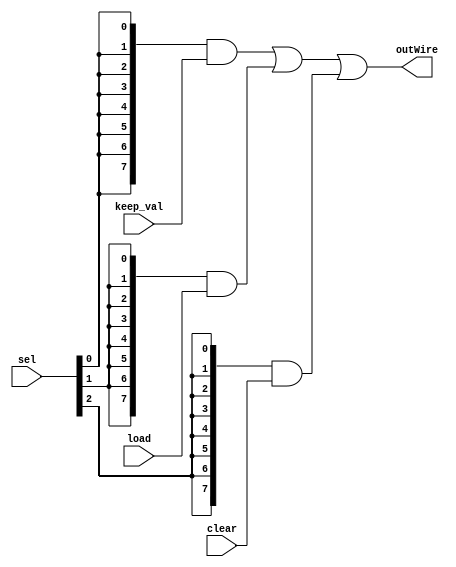
module MuxFF(keep_val, load, clear, sel, outWire);
	parameter k= 8; //# of inputs, can override in instantiation
	input [k-1:0] keep_val, load, clear; //inputs
	input [2:0] sel; //1-hot select
	output [k-1:0] outWire;
	wire [k-1:0] outWire = ({k{sel[0]}} & keep_val) |
				({k{sel[1]}} & load) |
				({k{sel[2]}} & clear);
endmodule